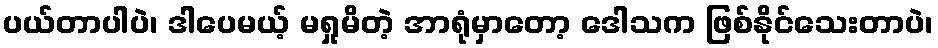
ပယ်တာပါပဲ၊ ဒါပေမယ့် မရှုမိတဲ့ အာရုံမှာတော့ ဒေါသက ဖြစ်နိုင်သေးတာပဲ၊